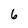
Character: 6